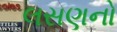
લસણનો